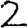
Digit: 2